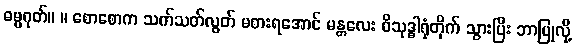
ဓမ္မဂုတ်။ ။ စောစောက သက်သတ်လွတ် မစားရအောင် မန္တလေး ဝိသုဒ္ဓါရုံတိုက် သွားပြီး ဘာပြုလို့